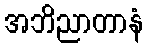
အဘိညာတာနံ